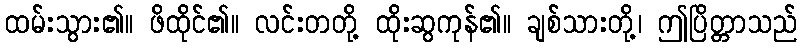
ထမ်းသွား၏။ ဖိထိုင်၏။ လင်းတတို့ ထိုးဆွကုန်၏။ ချစ်သားတို့၊ ဤပြိတ္တာသည်